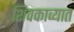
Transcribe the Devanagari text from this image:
शिवकाव्यात